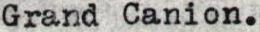
Grand Canion.